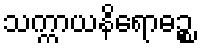
သက္ကာယနိရောဓဉ္စ